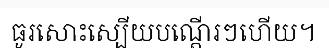
ធូរសោះស្បើយបណ្តើរៗហើយ។